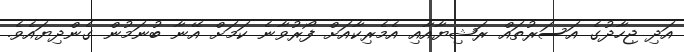
އަދި ޖިހާދުގެ އަސަރުތައް ރަޝިޔާއާއި އެމެރިކާއަށް ފޯރުވާނެ ކަމަށް އޭނާ ބުނަމުން ގެންދިޔައެވެ.